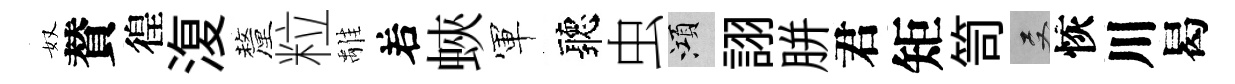
奴賛徨𣸪釐粒𩀌𠰥蛺軍聽虫澒詡胼君矩笥双恢川曷